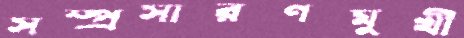
সম্প্রসারণমুখী